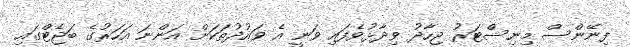
ފިނޭންސް މިނިސްޓަރު ޖިހާދު ވިދާޅުވެފައި ވަނީ އެ ވައުދުތަކަށް އަންނަ އަހަރުގެ ބަޖެޓްގައި